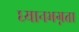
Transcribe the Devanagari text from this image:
ध्यानभग्नता